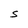
Character: S